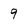
Character: 9